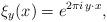
LaTeX: \begin{align*} \xi_y(x) = e^{2 \pi i \, y \cdot x},\end{align*}